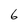
Character: 6